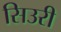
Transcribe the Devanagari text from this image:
सिउरी